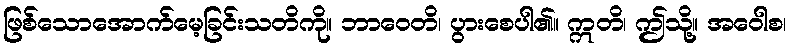
ဖြစ်သောအောက်မေ့ခြင်းသတိကို။ ဘာဝေတိ၊ ပွားစေပါ၏။ ဣတိ၊ ဤသို့။ အဝေါစ၊